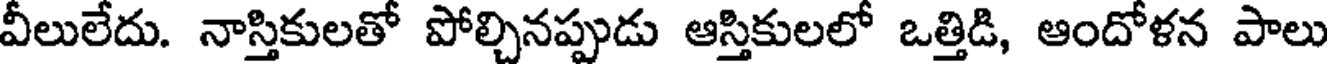
వీలులేదు. నాస్తికులతో పోల్చినప్పుడు ఆస్తికులలో ఒత్తిడి, ఆందోళన పాలు